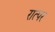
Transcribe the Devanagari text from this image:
रात्पर